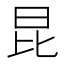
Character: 昆